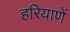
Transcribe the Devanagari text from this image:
हरियाणें